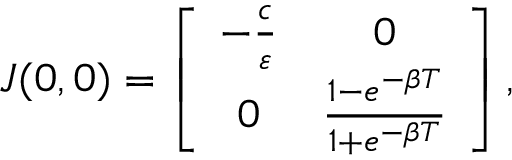
\begin{array} { r } { J ( 0 , 0 ) = \left[ { \begin{array} { c c } { - \frac { c } { \varepsilon } } & { 0 } \\ { 0 } & { \frac { 1 - e ^ { - \beta T } } { 1 + e ^ { - \beta T } } } \end{array} } \right] , } \end{array}